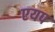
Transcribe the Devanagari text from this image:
एयप